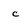
Character: c